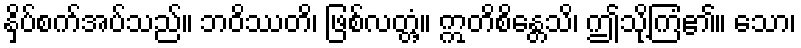
နှိပ်စက်အပ်သည်။ ဘဝိဿတိ၊ ဖြစ်လတ္တံ့။ ဣတိစိန္တေသိ၊ ဤသို့ကြံ၏။ သော၊